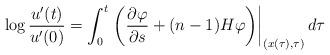
LaTeX: \begin{align*}\log\frac{u^{\prime}(t)}{u^{\prime}(0)}=\int_{0}^{t}\left. \left(\frac{\partial\varphi}{\partial s}+(n-1)H\varphi\right) \right\vert_{(x(\tau),\tau)}d\tau \end{align*}